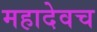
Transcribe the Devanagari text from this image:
महादेवच